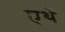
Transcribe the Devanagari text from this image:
एथे